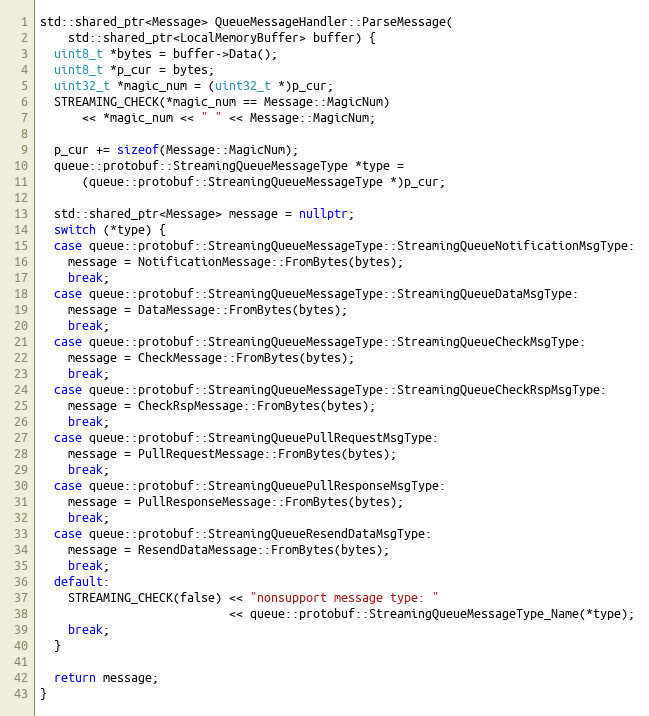
Language: C++
std::shared_ptr<Message> QueueMessageHandler::ParseMessage(
    std::shared_ptr<LocalMemoryBuffer> buffer) {
  uint8_t *bytes = buffer->Data();
  uint8_t *p_cur = bytes;
  uint32_t *magic_num = (uint32_t *)p_cur;
  STREAMING_CHECK(*magic_num == Message::MagicNum)
      << *magic_num << " " << Message::MagicNum;

  p_cur += sizeof(Message::MagicNum);
  queue::protobuf::StreamingQueueMessageType *type =
      (queue::protobuf::StreamingQueueMessageType *)p_cur;

  std::shared_ptr<Message> message = nullptr;
  switch (*type) {
  case queue::protobuf::StreamingQueueMessageType::StreamingQueueNotificationMsgType:
    message = NotificationMessage::FromBytes(bytes);
    break;
  case queue::protobuf::StreamingQueueMessageType::StreamingQueueDataMsgType:
    message = DataMessage::FromBytes(bytes);
    break;
  case queue::protobuf::StreamingQueueMessageType::StreamingQueueCheckMsgType:
    message = CheckMessage::FromBytes(bytes);
    break;
  case queue::protobuf::StreamingQueueMessageType::StreamingQueueCheckRspMsgType:
    message = CheckRspMessage::FromBytes(bytes);
    break;
  case queue::protobuf::StreamingQueuePullRequestMsgType:
    message = PullRequestMessage::FromBytes(bytes);
    break;
  case queue::protobuf::StreamingQueuePullResponseMsgType:
    message = PullResponseMessage::FromBytes(bytes);
    break;
  case queue::protobuf::StreamingQueueResendDataMsgType:
    message = ResendDataMessage::FromBytes(bytes);
    break;
  default:
    STREAMING_CHECK(false) << "nonsupport message type: "
                           << queue::protobuf::StreamingQueueMessageType_Name(*type);
    break;
  }

  return message;
}